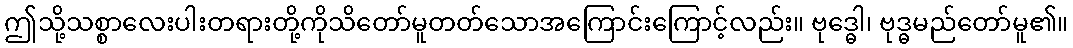
ဤသို့သစ္စာလေးပါးတရားတို့ကိုသိတော်မူတတ်သောအကြောင်းကြောင့်လည်း။ ဗုဒ္ဓေါ၊ ဗုဒ္ဓမည်တော်မူ၏။